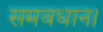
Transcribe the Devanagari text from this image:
समवधान।